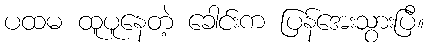
ပထမ ထူပူနေတဲ့ ခေါင်းက ပြန်အေးသွားပြီ။